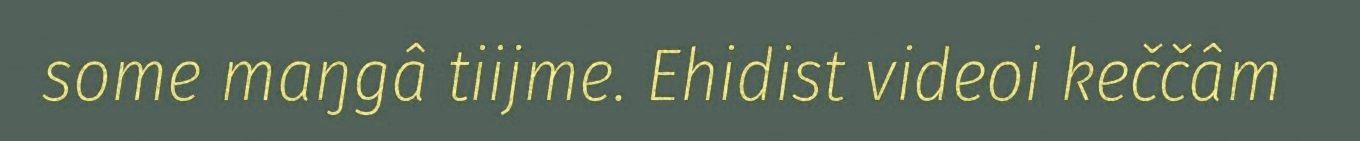
some maŋgâ tiijme. Ehidist videoi keččâm